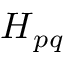
\boldsymbol { H } _ { p q }